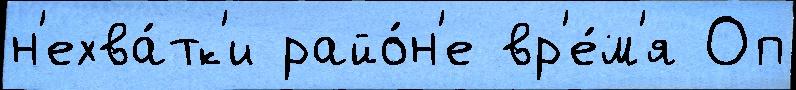
н'ехва́тк'и райо́н'е вр'е́м'я Оп